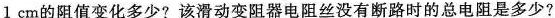
1cm的阻值变化多少?该滑动变阻器电阻丝没有断路时的总电阻是多少?